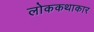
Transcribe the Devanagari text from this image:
लोककथाकार